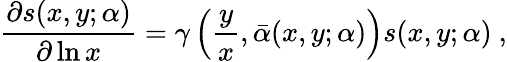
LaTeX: \frac{\partial s(x,y;\alpha)}{\partial\ln x}=\gamma\left(\frac{y}{x},\bar{\alpha}(x,y;\alpha)\right)s(x,y;\alpha)~,